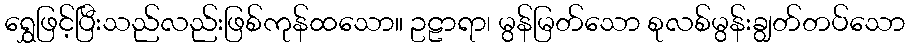
ရွှေဖြင့်ပြီးသည်လည်းဖြစ်ကုန်ထသော။ ဥဠာရာ၊ မွန်မြတ်သော စုလစ်မွန်းချွတ်တပ်သော